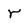
Character: r